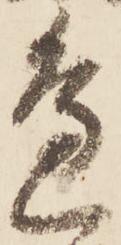
邊